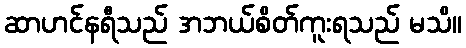
ဆာဟင်နရီသည် အဘယ်စိတ်ကူးရသည် မသိ။